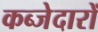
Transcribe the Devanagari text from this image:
कब्जेदारों